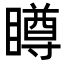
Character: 𥊭